Annual administration report of the Civil Veterinary Department, Ajmere-Merwara, British Rajputana - 1914-1940
Year: 1914
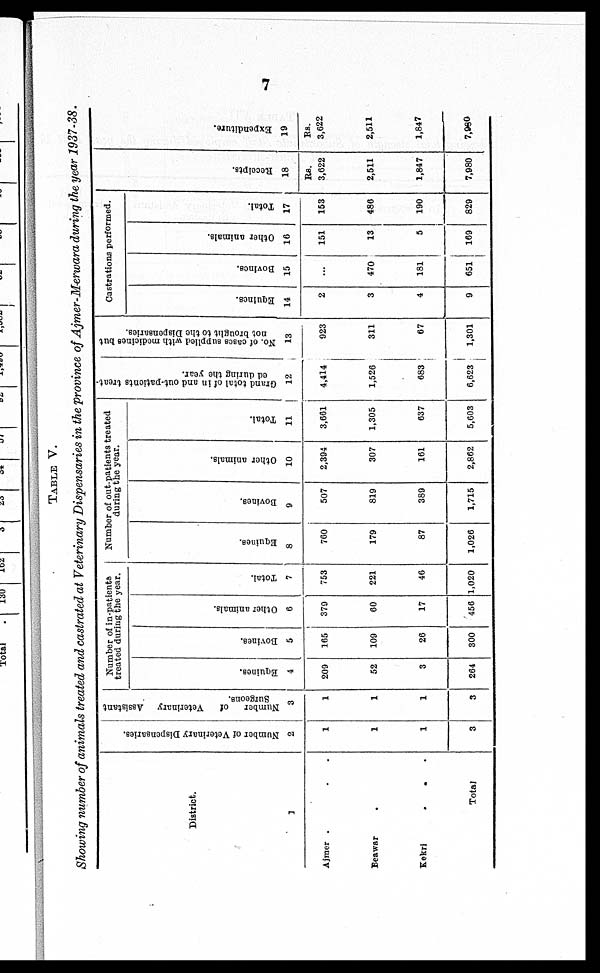
7
TABLE V.
Showing number of animals treated and castrated at Veterinary Dispensaries in the province of Ajmer-Merwara during the year 1937-38.
District.
1
Ajmer . . .
Beawar .
Kekri . . .
Total
Number of Veterinary Dispensaries.
2
1
1
1
3
Number of
Veterinary Assistant
Surgeons.
3
1
1
1
3
Number of in-patients
treated during the year.
Equines.
4
209
52
3
264
Bovines.
5
165
109
26
300
Other animals.
6
379
60
17
456
Total.
7
753
221
46
1,020
Number of out-patients treated
during the year.
Equines.
8
760
179
87
1,026
Bovines.
9
507
819
389
1,715
Other animals.
10
2,394
307
161
2,862
Total.
11
3,661
1,305
637
5,603
Grand total of in and out-patients treat-
ed during the year.
12
4,414
1,526
683
6,623
No. of cases supplied with medicines but
not brought to the Dispensaries.
13
923
311
67
1,301
Castrations performed.
Equines.
14
2
3
4
9
Bovines.
15
...
470
181
651
Other animals.
16
151
13
5
169
Total.
17
153
486
190
829
Recei pt s .
18
Rs.
3,622
2,511
1,847
7,980
Expe ndi t
ur e .
19
Rs.
3,622
2,511
1,847
7,960